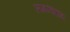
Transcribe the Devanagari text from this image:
लगत्वरूप